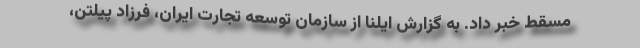
مسقط خبر داد. به گزارش ایلنا از سازمان توسعه تجارت ایران، فرزاد پیلتن،